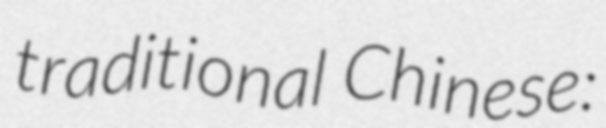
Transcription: traditional Chinese: